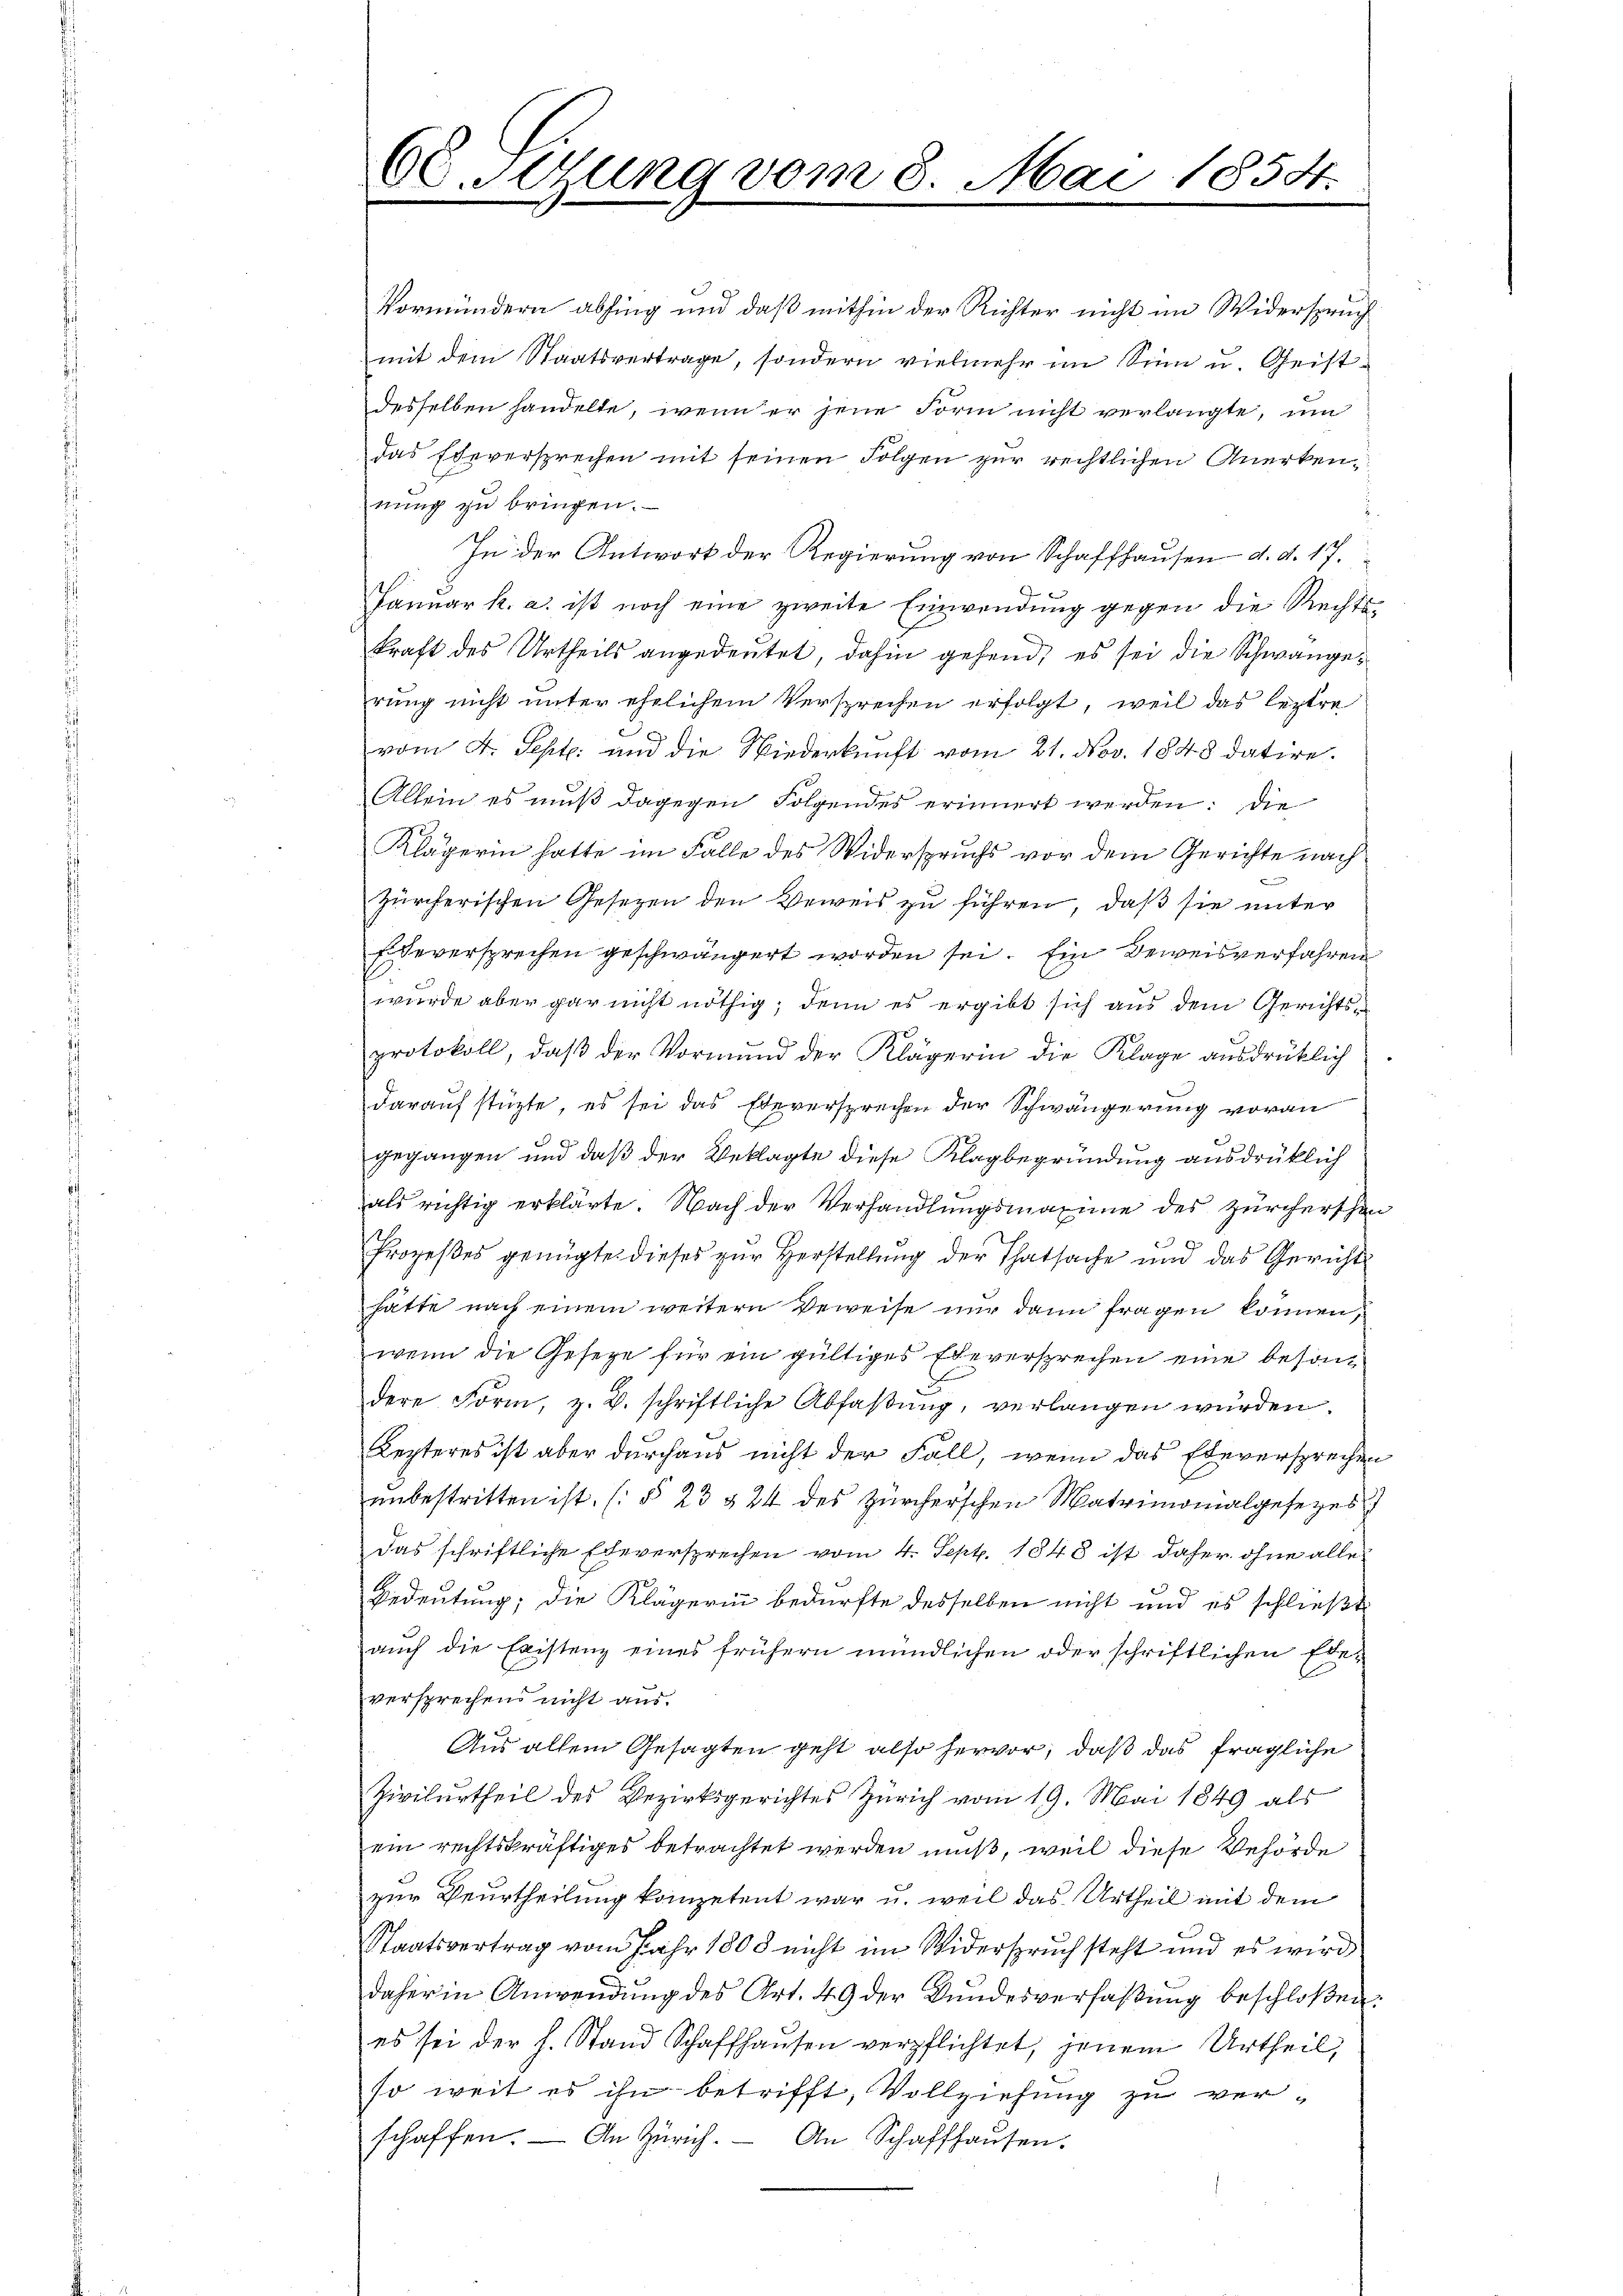
60. Sezung vom 8. Mai 1854.

Vormündern abhing und daß mithin der Richter nicht im Widerspruch
mit dem Staatsvertrage, sondern vielmehr im Sinn u. Geistdesselben handelte, wenn er jene Form nicht verlangte, um
das Eheversprechen mit seinen Folgen zur rechtlichen Anerkennung zu bringen.
In der Antwort der Regierung von Schaffhausen d. d. 17.
Januar k. a. ist noch eine zweite Einwendung gegen die Rechts-
kraft des Urtheils angedeutet, dahin gehend, es sei die Schwangerung nicht unter ehelichem Versprechen erfolgt, weil das leztere
vom 4. Sept. und die Wiederkunft vom 21. Nov. 1848 datire.
Allein es muß dagegen Folgendes erinnert werden: die
Klägerin hatte im Falle des Widerspruchs vor dem Gerichte nach
Zürcherischen Gesetzen den Beweis zu führen, daß sie unter
Ebeversprechen geschwängert worden sei. Ein Beweisverfahren
wurde aber gar nicht nöthig, denn es ergibt sich aus dem Gerichtsprotokoll, daß der Vormund der Klägerin die Klage ausdrüklich
darauf stüzte, es sei das Eheversprechen der Schwängerung voran
gegangen und daß der Beklagte diese Klagbegründung ausdrüklich
als richtig erklärte. Nach der Verhandlungsmaxime des Zürcherschen
x
Prozeßes genügte dieses zur Herstellung der Thatsache und das Gericht
hätte nach einem weitern Beweise nur dann fragen können,
wenn die Geseze für ein gültiges Eheversprechen eine besondere Form, z. B. schriftliche Abfaβŭng, verlangen würden.
Lezteres ist aber durchaus nicht der Fall, wenn das Eheversprechen
unbestritten ist. (§ 23 § 24 des Zürcherschen Matrimonialgesezes
Das schriftliche Eheversprechen vom 4. Sept. 1848 ist daher ohne alle
Bedeutung; die Klägerin bedürfte desselben nicht und es schließt
auch die Existenz eines frühern mündlichen oder schriftlichen Edeversprechens nicht aus.
Aus allem Gesagten geht also hervor, daß das fragliche
Zivilurtheil des Bezirksgerichtes Zürich vom 19. Mai 1849 als
ein rechtskräftiges betrachtet werden muß, weil diese Behörde
zur Beurtheilung kompetent war u. weil das Urtheil mit dem
Staatsvertrag vom Jahr 1808 nicht im Widerspruch steht und es wird
daher in Anwendung des Art. 49 der Bundesverfaßung beschloßen:
es sei der h. Stand Schaffhaŭsen verpflichtet, jenem Urtheil,
so weit es ihn betrifft, Vollziehung zu verschaffen. — An Zürich. An Schaffhausen.